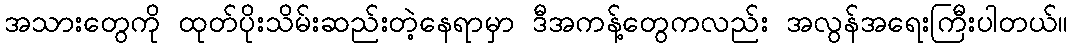
အသားတွေကို ထုတ်ပိုးသိမ်းဆည်းတဲ့နေရာမှာ ဒီအကန့်တွေကလည်း အလွန်အရေးကြီးပါတယ်။